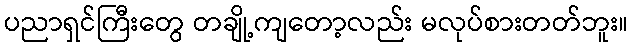
ပညာရှင်ကြီးတွေ တချို့ကျတော့လည်း မလုပ်စားတတ်ဘူး။